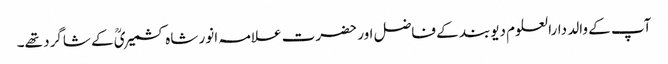
آپ کے والد دارالعلوم دیوبند کے فاضل اور حضرت علامہ انور شاہ کشمیریؒ کے شاگرد تھے۔